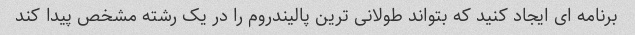
برنامه ای ایجاد کنید که بتواند طولانی ترین پالیندروم را در یک رشته مشخص پیدا کند